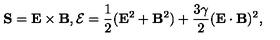
{ \bf S } = { \bf E } \times { \bf B } , { \cal { E } } = \frac { 1 } { 2 } ( { \bf E } ^ { 2 } + { \bf B } ^ { 2 } ) + \frac { 3 \gamma } { 2 } ( { \bf E } \cdot { \bf B } ) ^ { 2 } ,